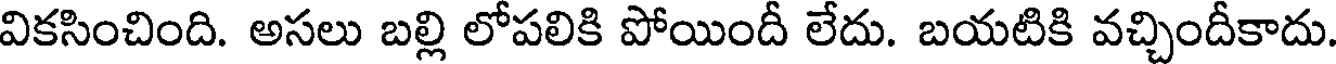
వికసించింది. అసలు బల్లి లోపలికి పోయిందీ లేదు. బయటికి వచ్చిందీకాదు.